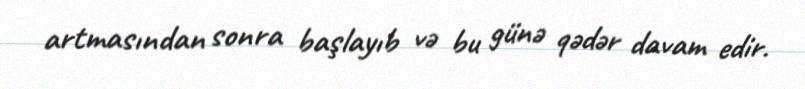
artmasından sonra başlayıb və bu günə qədər davam edir.